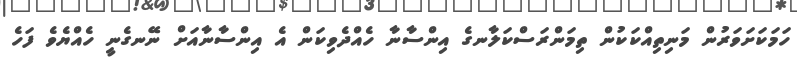
ހަމަކަށަވަރުން މަނިތިއްކަކުން ތިމަންރަސްކަލާނގެ އިންސާނާ ހެއްދެވިކަން އެ އިންސާނާއަށް ނޭނގެނީ ހެއްޔެވެ ފަހެ